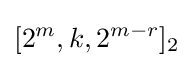
[2^{m},k,2^{m-r}]_{2}